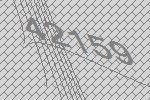
42159